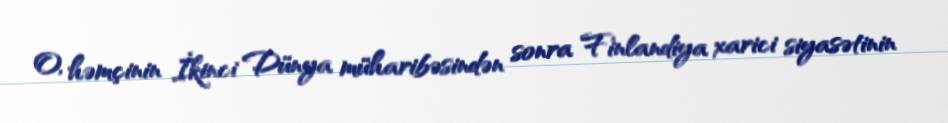
O, həmçinin İkinci Dünya müharibəsindən sonra Finlandiya xarici siyasətinin